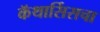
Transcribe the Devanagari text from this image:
कॅथार्सिसचा